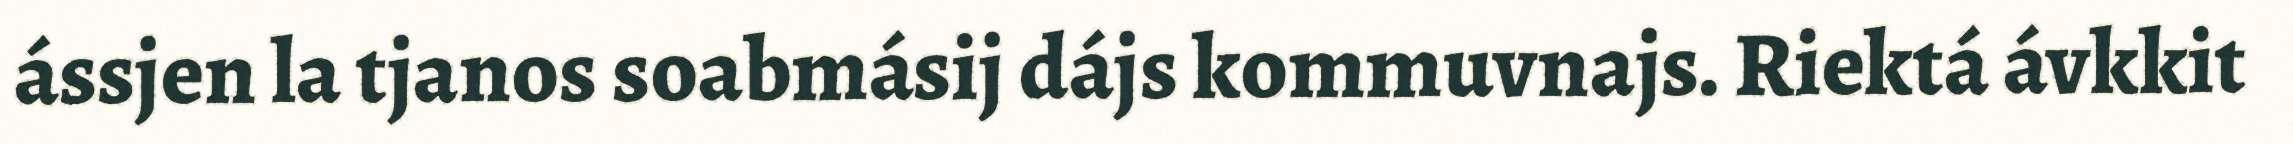
ássjen la tjanos soabmásij dájs kommuvnajs. Riektá ávkkit